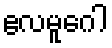
ဧလမူဂေါ